Lunatic asylums Central Provinces reports 1874-1885 - 1874-1885
Year: 1874
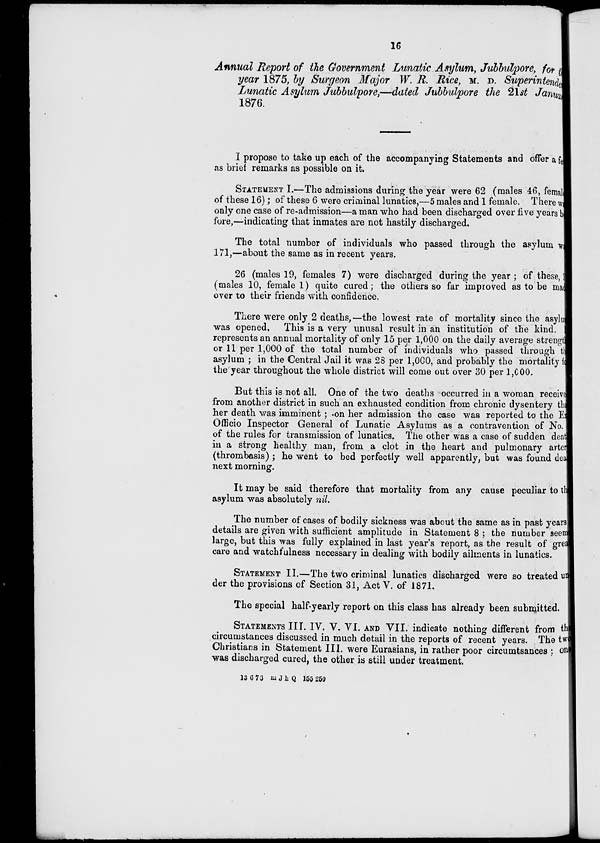
16
Annual Report of the Government Lunatic Asylum, Jubbulpore, for t
year 1875, by Surgeon Major W. R. Rice, M. D. Superintende
Lunatic Asylum Jubbulpore,—dated Jubbulpore the 21st Janua
1876.
I propose to take up each of the accompanying Statements and offer a fe
as brief remarks as possible on it.
STATEMENT I.—The admissions during the year were 62 (males 46, femal
of these 16); of these 6 were criminal lunatics,—5 males and 1 female. There w
only one case of re-admission—a man who had been discharged over five years b
fore,—indicating that inmates are not hastily discharged.
The total number of individuals who passed through the asylum w
171,—about the same as in recent years.
26 (males 19, females 7) were discharged during the year ; of these,
(males 10, female 1) quite cured; the others so far improved as to be made
over to their friends with confidence,
There were only 2 deaths,—the lowest rate of mortality since the asylu
was opened. This is a very unusal result in an institution of the kind.
represents an annual mortality of only 15 per 1,000 on the daily average strength
or 11 per 1,000 of the total number of individuals who passed through t
asylum ; in the Central Jail it was 28 per 1,060, and probably the mortality f
the year throughout the whole district will come out over 30 per 1,000.
But this is not all. One of the two deaths occurred in a woman receive
from another district in such an exhausted condition from chronic dysentery the
her death was imminent ; -on her admission the case was reported to the E
Officio Inspector General of Lunatic Asylums as a contravention of No.
of the rules for transmission of lunatics. The other was a case of sudden deal
in a strong healthy man, from a clot in the heart and pulmonary arter
(thrombasis) ; he went to bed perfectly well apparently, but was found dea
next morning.
It may be said therefore that mortality from any cause peculiar to the
asylum was absolutely nil.
The number of cases of bodily sickness was about the same as in past years
details are given with sufficient amplitude in Statement 8 ; the number seem
large, but this was fully explained in last year's report, as the result of grea
care and watchfulness necessary in dealing with bodily ailments in lunatics.
STATEMENT II.—The two criminal lunatics discharged were so treated un
der the provisions of Section 31, Act V. of 1871.
The special half-yearly report on this class has already been submitted.
STATEMENTS III. IV. V. VI. AND VII. indicate nothing different from th
circumstances discussed in much detail in the reports of recent years. The two
Christians in Statement III. were Eurasians, in rather poor circumtsances ; on
was discharged cured, the other is still under treatment.
13 6 76 m J h Q 155 250